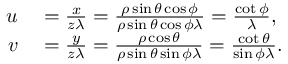
\begin{array} { r l } { u } & { { } = \frac { x } { z \lambda } = \frac { \rho \sin { \theta } \cos { \phi } } { \rho \sin { \theta } \cos { \phi } \lambda } = \frac { \cot { \phi } } { \lambda } , } \\ { v } & { { } = \frac { y } { z \lambda } = \frac { \rho \cos { \theta } } { \rho \sin { \theta } \sin { \phi } \lambda } = \frac { \cot { \theta } } { \sin { \phi } \lambda } . } \end{array}